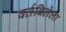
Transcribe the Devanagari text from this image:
वर्तविलेला